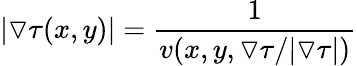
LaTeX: \vert\triangledown\tau(x,y)\vert=\frac{1}{v(x,y,\triangledown\tau/|\triangledown\tau|)}